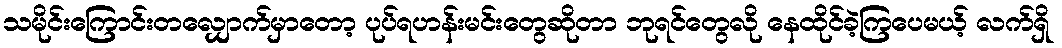
သမိုင်းကြောင်းတလျှောက်မှာတော့ ပုပ်ရဟန်းမင်းတွေဆိုတာ ဘုရင်တွေလို နေထိုင်ခဲ့ကြပေမယ့် လက်ရှိ